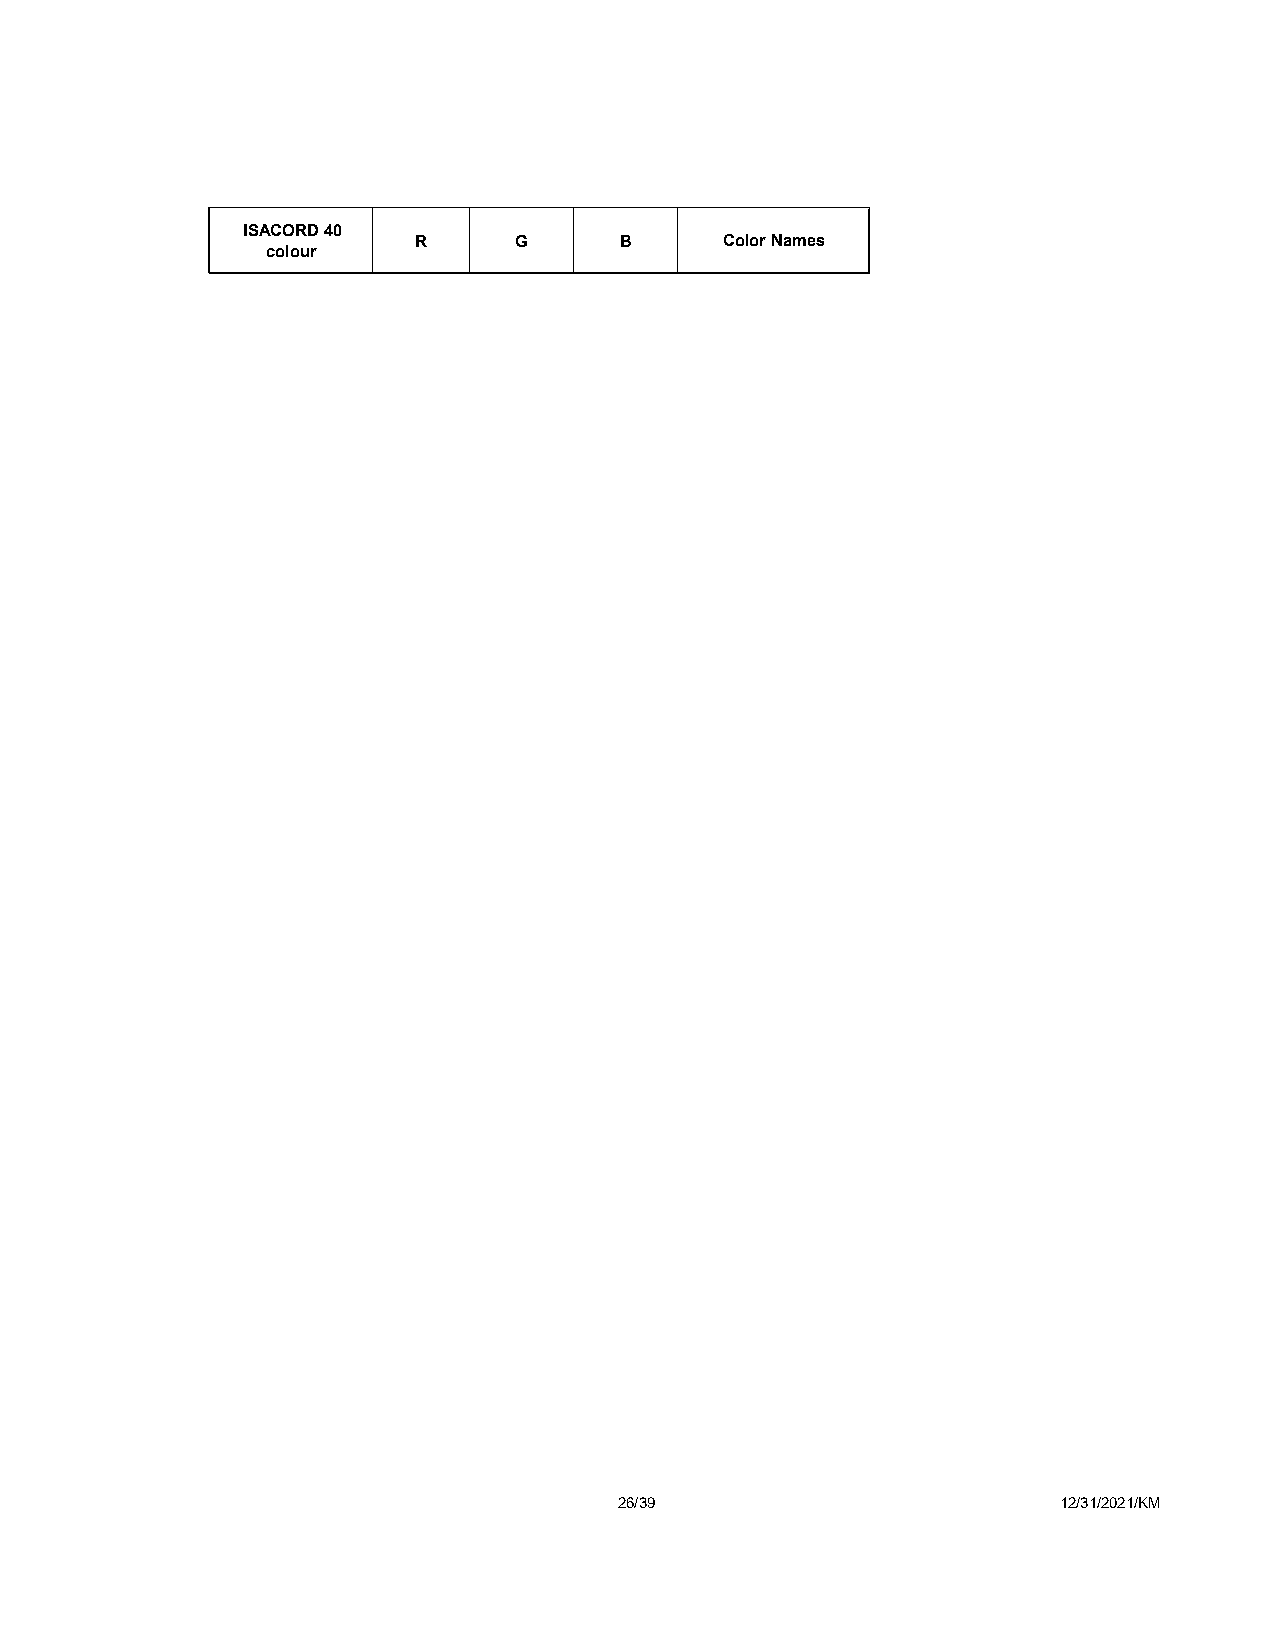
ISACORD 40
 R      G      B      Color Names
 colour
 26/39                        12/31/2021/KM